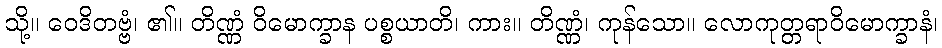
သို့။ ဝေဒိတဗ္ဗံ၊ ၏။ တိဏ္ဏံ ဝိမောက္ခာန ပစ္စယာတိ၊ ကား။ တိဏ္ဏံ၊ ကုန်သော။ လောကုတ္တရာဝိမောက္ခာနံ၊